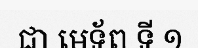
ជា មេទ័ព ទី ១